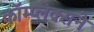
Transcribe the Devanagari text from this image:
कॉम्प्लेक्सने